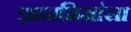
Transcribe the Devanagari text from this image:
ज्ञानमिमांसा